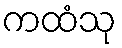
ကထံသု